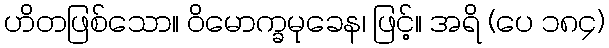
ဟိတဖြစ်သော။ ဝိမောက္ခမုခေန၊ ဖြင့်။ အရိ (ပေ ၁၈၄)